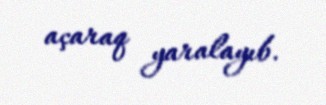
açaraq yaralayıb.